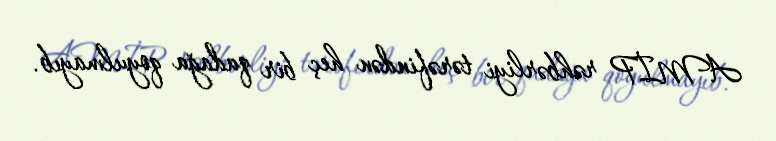
AMİP rəhbərliyi tərəfindən heç bir qadağa qoyulmayıb.